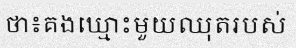
ថា៖គងឃ្មោះមួយឈុតរបស់